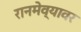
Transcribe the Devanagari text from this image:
रानमेव्यावर